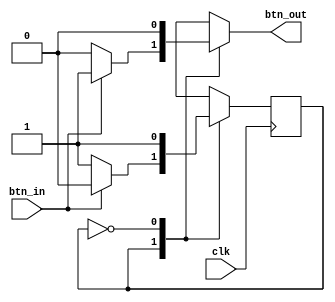
module btnDebouncer_7 (
    input clk,
    input btn_in,
    output reg btn_out
  );
  
  
  
  localparam OFF_bd = 1'd0;
  localparam ON_bd = 1'd1;
  
  reg M_bd_d, M_bd_q = OFF_bd;
  
  always @* begin
    M_bd_d = M_bd_q;
    
    M_bd_d = M_bd_q;
    btn_out = 1'h0;
    
    case (M_bd_q)
      ON_bd: begin
        if (btn_in == 1'h1) begin
          btn_out = 1'h1;
          M_bd_d = OFF_bd;
        end
      end
      OFF_bd: begin
        if (btn_in == 1'h1) begin
          
        end
        M_bd_d = ON_bd;
      end
    endcase
  end
  
  always @(posedge clk) begin
    M_bd_q <= M_bd_d;
  end
  
endmodule